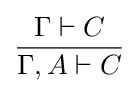
{\frac {\Gamma \vdash C}{\Gamma ,A\vdash C}}